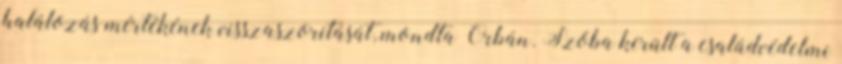
halálozás mértékének visszaszorítását, mondta Orbán. Szóba került a családvédelmi